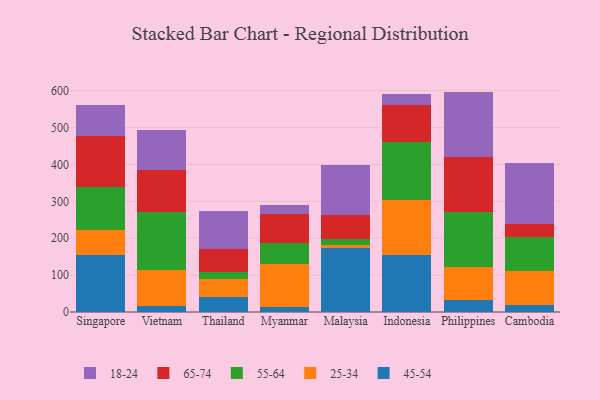
{"axis": {"x": "Country", "y": "Revenue (USD Million)"}, "legend": ["18-24", "25-34", "45-54", "55-64", "65-74"], "data": [{"x": "Singapore", "y": 154.3, "type": "45-54"}, {"x": "Singapore", "y": 68.9, "type": "25-34"}, {"x": "Singapore", "y": 115.1, "type": "55-64"}, {"x": "Singapore", "y": 137.6, "type": "65-74"}, {"x": "Singapore", "y": 84.3, "type": "18-24"}, {"x": "Vietnam", "y": 15.6, "type": "45-54"}, {"x": "Vietnam", "y": 97.6, "type": "25-34"}, {"x": "Vietnam", "y": 157.1, "type": "55-64"}, {"x": "Vietnam", "y": 115.4, "type": "65-74"}, {"x": "Vietnam", "y": 107.3, "type": "18-24"}, {"x": "Thailand", "y": 41.4, "type": "45-54"}, {"x": "Thailand", "y": 48.8, "type": "25-34"}, {"x": "Thailand", "y": 19.0, "type": "55-64"}, {"x": "Thailand", "y": 62.6, "type": "65-74"}, {"x": "Thailand", "y": 102.1, "type": "18-24"}, {"x": "Myanmar", "y": 14.8, "type": "45-54"}, {"x": "Myanmar", "y": 115.7, "type": "25-34"}, {"x": "Myanmar", "y": 55.2, "type": "55-64"}, {"x": "Myanmar", "y": 80.0, "type": "65-74"}, {"x": "Myanmar", "y": 23.2, "type": "18-24"}, {"x": "Malaysia", "y": 172.7, "type": "45-54"}, {"x": "Malaysia", "y": 8.9, "type": "25-34"}, {"x": "Malaysia", "y": 15.3, "type": "55-64"}, {"x": "Malaysia", "y": 67.2, "type": "65-74"}, {"x": "Malaysia", "y": 134.4, "type": "18-24"}, {"x": "Indonesia", "y": 154.9, "type": "45-54"}, {"x": "Indonesia", "y": 148.7, "type": "25-34"}, {"x": "Indonesia", "y": 155.9, "type": "55-64"}, {"x": "Indonesia", "y": 101.7, "type": "65-74"}, {"x": "Indonesia", "y": 28.7, "type": "18-24"}, {"x": "Philippines", "y": 32.7, "type": "45-54"}, {"x": "Philippines", "y": 89.8, "type": "25-34"}, {"x": "Philippines", "y": 148.0, "type": "55-64"}, {"x": "Philippines", "y": 150.3, "type": "65-74"}, {"x": "Philippines", "y": 176.6, "type": "18-24"}, {"x": "Cambodia", "y": 18.2, "type": "45-54"}, {"x": "Cambodia", "y": 93.0, "type": "25-34"}, {"x": "Cambodia", "y": 92.2, "type": "55-64"}, {"x": "Cambodia", "y": 34.4, "type": "65-74"}, {"x": "Cambodia", "y": 165.4, "type": "18-24"}]}